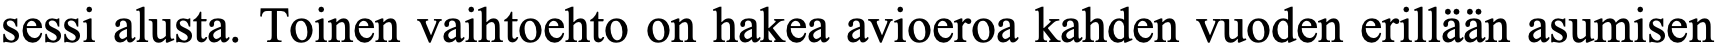
sessi alusta. Toinen vaihtoehto on hakea avioeroa kahden vuoden erillään asumisen